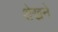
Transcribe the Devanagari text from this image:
शेखने